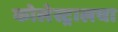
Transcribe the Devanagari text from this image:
कोलेस्ट्रालचा